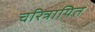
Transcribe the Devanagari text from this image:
चरित्रायित